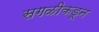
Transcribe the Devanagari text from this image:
सगळीकडून